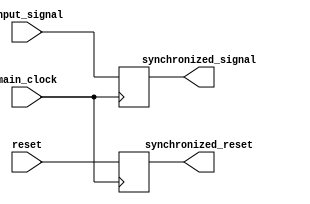
module synchronizer_with_reset (
    input wire main_clock,
    input wire input_signal,
    input wire reset,
    output wire synchronized_signal,
    output wire synchronized_reset
);

reg synchronized_signal_reg;
reg synchronized_reset_reg;

always @(posedge main_clock) begin
    synchronized_signal_reg <= input_signal;
    synchronized_reset_reg <= reset;
end

assign synchronized_signal = synchronized_signal_reg;
assign synchronized_reset = synchronized_reset_reg;

endmodule